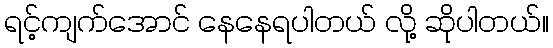
ရင့်ကျက်အောင် နေနေရပါတယ် လို့ ဆိုပါတယ်။